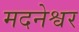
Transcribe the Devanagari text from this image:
मदनेश्वर